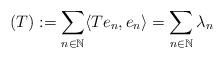
LaTeX: \begin{align*}(T) :=\sum_{n\in\mathbb{N}} \langle Te_n,e_n\rangle = \sum_{n\in\mathbb{N}} \lambda_n\end{align*}